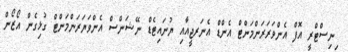
ިނިސްޓްރީ އޮފް އެންވަރަރަންމަންޓް އެންޑް އެނަރޖީއާއި ޔުނައިޓެޑް ނޭޝަންސް އެންވަޔަރަންމަންޓް ގުޅިގެން އޯޒޯން